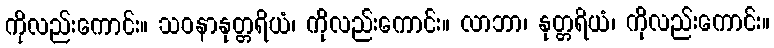
ကိုလည်းကောင်း။ သဝနာနုတ္တရိယံ၊ ကိုလည်းကောင်း။ လာဘာ၊ နုတ္တရိယံ၊ ကိုလည်းကောင်း။